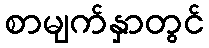
စာမျက်နှာတွင်